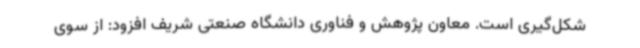
شکل‌گیری است. معاون پژوهش و فناوری دانشگاه صنعتی شریف افزود: از سوی